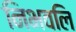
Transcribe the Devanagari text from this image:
निभवलि